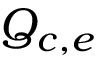
Q _ { c , e }